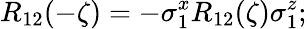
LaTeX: R_{12}(-\zeta)=-\sigma_{1}^{x}R_{12}(\zeta)\sigma_{1}^{z};